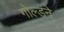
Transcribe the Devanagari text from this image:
गोल्डने